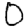
Digit: 0